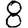
Digit: 8